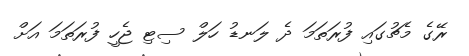
ރޭގެ މެޗުގައި ފުރަތަމަ ދެ ލަނޑު ހަލް ސިޓި ޖެހީ ފުރަތަމަ އަށް